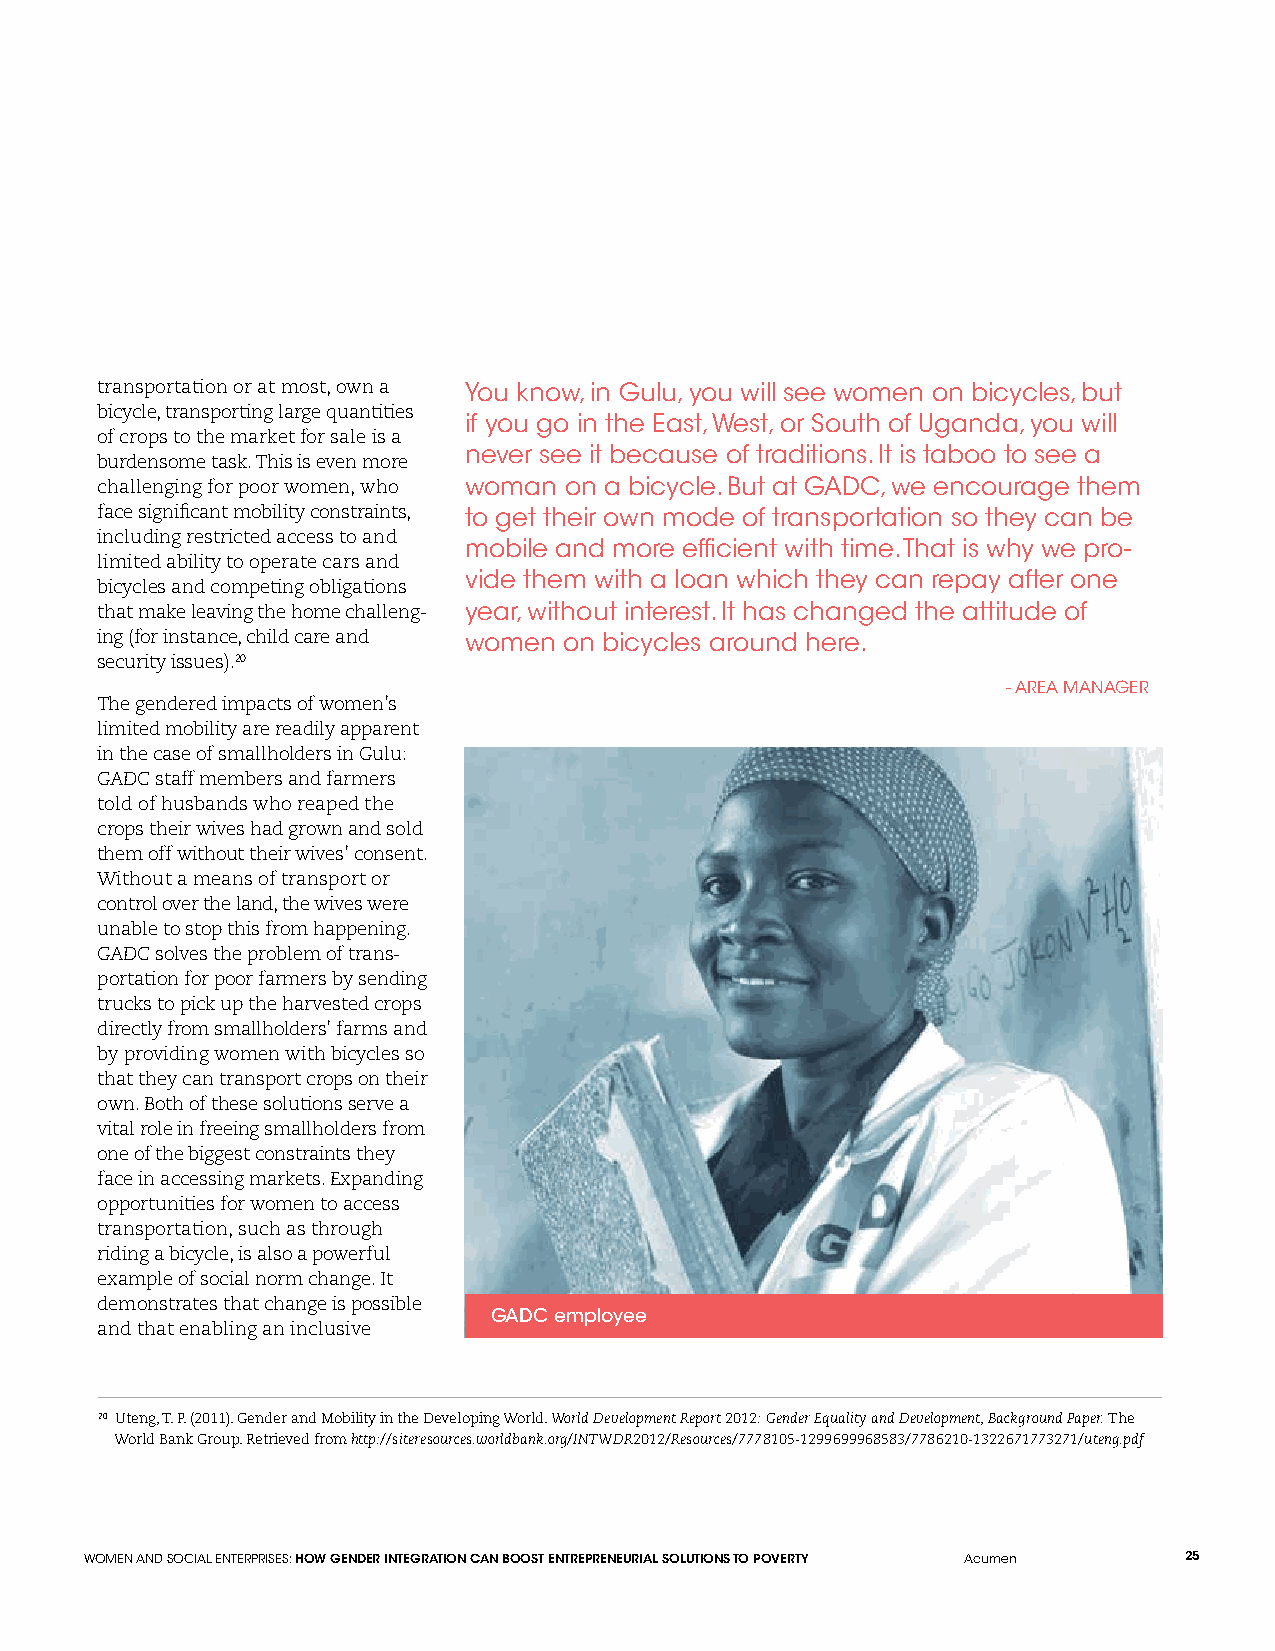
transportation or at most, own a You know, in Gulu, you will see women on bicycles, but
 bicycle, transporting large quantities
 if you go in the East, West, or South of Uganda, you will
 of crops to the market for sale is a
 never see it because of traditions. It is taboo to see a
 burdensome task. This is even more
 challenging for poor women, who woman on a bicycle. But at GADC, we encourage them
 face significant mobility constraints, to get their own mode of transportation so they can be
 including restricted access to and
 mobile and more efficient with time. That is why we pro-
 limited ability to operate cars and
 vide them with a loan which they can repay after one
 bicycles and competing obligations
 that make leaving the home challeng- year, without interest. It has changed the attitude of
 ing (for instance, child care and women on bicycles around here.
 security issues).20
 - AREA MANAGER
 The gendered impacts of women’s
 limited mobility are readily apparent
 in the case of smallholders in Gulu:
 GADC staff members and farmers
 told of husbands who reaped the
 crops their wives had grown and sold
 them off without their wives’ consent.
 Without a means of transport or
 control over the land, the wives were
 unable to stop this from happening.
 GADC solves the problem of trans-
 portation for poor farmers by sending
 trucks to pick up the harvested crops
 directly from smallholders’ farms and
 by providing women with bicycles so
 that they can transport crops on their
 own. Both of these solutions serve a
 vital role in freeing smallholders from
 one of the biggest constraints they
 face in accessing markets. Expanding
 opportunities for women to access
 transportation, such as through
 riding a bicycle, is also a powerful
 example of social norm change. It
 demonstrates that change is possible
 GADC employee
 and that enabling an inclusive
 20 Uteng, T. P. (2011). Gender and Mobility in the Developing World. World Development Report 2012: Gender Equality and Development, Background Paper. The
 World Bank Group. Retrieved from http://siteresources.worldbank.org/INTWDR2012/Resources/7778105-1299699968583/7786210-1322671773271/uteng.pdf
 WOMEN AND SOCIAL ENTERPRISES: HOW GENDER INTEGRATION CAN BOOST ENTREPRENEURIAL SOLUTIONS TO POVERTY Acumen 25